Indian journal of veterinary science and animal husbandry - Volumes 18-21, 1948-1951
Year: 1948
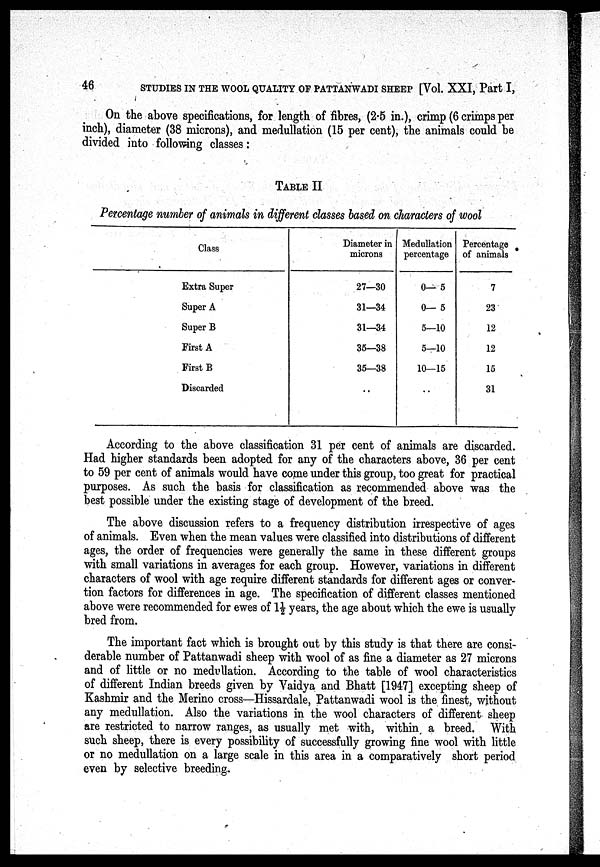
46
STUDIES IN THE WOOL QUALITY OF PATTANWADI SHEEP [Vol. XXI, Part I,
On the above specifications, for length of fibres, (2.5 in.), crimp (6 crimps per
inch), diameter (38 microns), and medullation (15 per cent), the animals could be
divided into following classes :
TABLE II
Percentage number of animals in different classes based on characters of wool
Class
Extra Super
Super A
Super B
First A
First B
Discarded
Diameter in
microns
27—30
31—34
31—34
35—38
35—38
..
Medullation
percentage
0— 5
0— 5
5—10
5—10
10—15
..
Percentage
of animals
7
23
12
12
15
31
According to the above classification 31 per cent of animals are discarded.
Had higher standards been adopted for any of the characters above, 36 per cent
to 59 per cent of animals would have come under this group, too great for practical
purposes. As such the basis for classification as recommended above was the
best possible under the existing stage of development of the breed.
The above discussion refers to a frequency distribution irrespective of ages
of animals. Even when the mean values were classified into distributions of different
ages, the order of frequencies were generally the same in these different groups
with small variations in averages for each group. However, variations in different
characters of wool with age require different standards for different ages or conver-
tion factors for differences in age. The specification of different classes mentioned
above were recommended for ewes of 1½ years, the age about which the ewe is usually
bred from.
The important fact which is brought out by this study is that there are consi-
derable number of Pattanwadi sheep with wool of as fine a diameter as 27 microns
and of little or no medullation. According to the table of wool characteristics
of different Indian breeds given by Vaidya and Bhatt [1947] excepting sheep of
Kashmir and the Merino cross—Hissardale, Pattanwadi wool is the finest, without
any medullation. Also the variations in the wool characters of different sheep
are restricted to narrow ranges, as usually met with, within a breed. With
such sheep, there is every possibility of successfully growing fine wool with little
or no medullation on a large scale in this area in a comparatively short period
even by selective breeding.